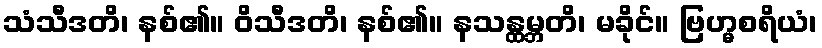
သံသီဒတိ၊ နစ်၏။ ဝိသီဒတိ၊ နစ်၏။ နသန္ထမ္ဘတိ၊ မခိုင်။ ဗြဟ္မစရိယံ၊